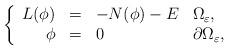
LaTeX: \begin{align*}\left\{\begin{array}{rlll}L(\phi)&=&-N(\phi)-E& \Omega_\varepsilon,\\\phi&=&0&\partial\Omega_\varepsilon,\end{array}\right.\end{align*}